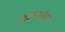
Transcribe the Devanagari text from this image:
ब्रह्मचार्यव्रत